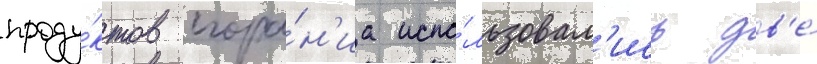
проду́ктов сгора́н'иа испо́льзовал'ись дв'е́